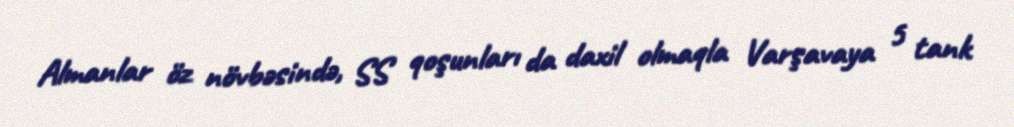
Almanlar öz növbəsində, SS qoşunları da daxil olmaqla Varşavaya 5 tank